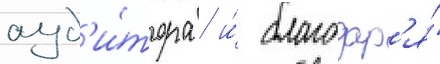
ауд'и́тора / и́ благодар'я́